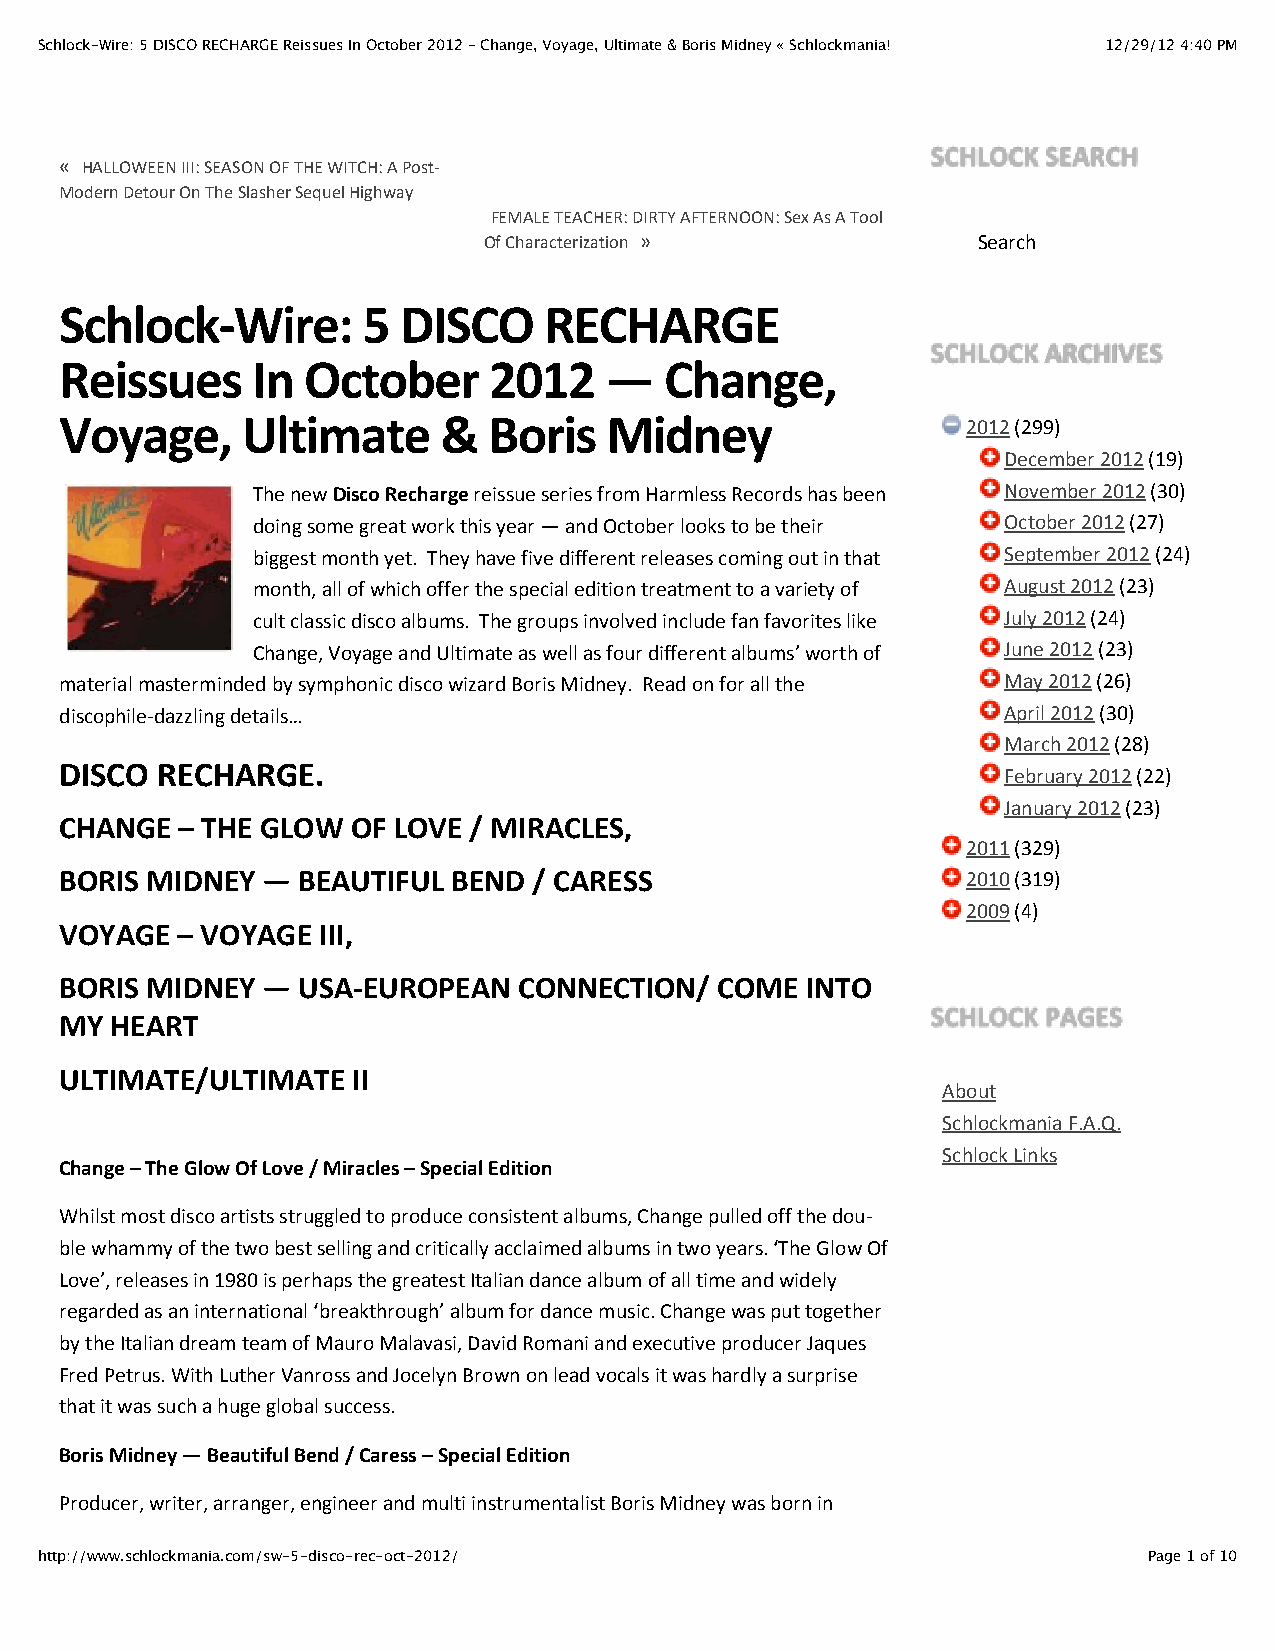
Schlock-Wire: 5 DISCO RECHARGE Reissues In October 2012 – Change, Voyage, Ultimate & Boris Midney « Schlockmania! 12/29/12 4:40 PM
 SCHLOCK SEARCH
 « HALLOWEEN III: SEASON OF THE WITCH: A Post‐
 Modern Detour On The Slasher Sequel Highway
 FEMALE TEACHER: DIRTY AFTERNOON: Sex As A Tool
 Of Characterization »            Search
 Schlock‐Wire:       5 DISCO     RECHARGE
 SCHLOCK ARCHIVES
 Reissues     In October     2012    —   Change,
 Voyage,     Ultimate     &  Boris   Midney                  2012 (299)
 December 2012 (19)
 The new Disco Recharge reis￼sue series from Harmless Records has been November 2012 (30)
 doing some great work this year — and October looks to be their October 2012 (27)
 biggest month yet. They have five dif￼fer￼ent releases com￼ing out in that September 2012 (24)
 month, all of which offer the spe￼cial edi￼tion treat￼ment to a vari￼ety of August 2012 (23)
 cult clas￼sic disco albums. The groups involved include fan favorites like July 2012 (24)
 Change, Voyage and Ultimate as well as four dif￼fer￼ent albums’ worth of June 2012 (23)
 mate￼r￼ial mas￼ter￼minded by sym￼phonic disco wiz￼ard Boris Midney. Read on for all the May 2012 (26)
 discophile‐dazzling details…                                  April 2012 (30)
 March 2012 (28)
 DISCO RECHARGE.
 February 2012 (22)
 January 2012 (23)
 CHANGE  – THE GLOW OF LOVE / MIRACLES,
 2011 (329)
 BORIS MIDNEY —  BEAUTIFUL BEND / CARESS                     2010 (319)
 2009 (4)
 VOYAGE  – VOYAGE III,
 BORIS MIDNEY —  USA‐EUROPEAN  CONNECTION/  COME  INTO
 SCHLOCK PAGES
 MY HEART
 ULTIMATE/ULTIMATE  II
 About
 Schlockmania F.A.Q.
 Schlock Links
 Change – The Glow Of Love / Miracles – Special Edition
 Whilst most disco artists strug￼gled to pro￼duce con￼sis￼tent albums, Change pulled off the dou￼‐
 ble whammy of the two best sell￼ing and crit￼i￼cally acclaimed albums in two years. ‘The Glow Of
 Love’, releases in 1980 is per￼haps the great￼est Italian dance album of all time and widely
 regarded as an inter￼na￼tional ‘break￼through’ album for dance music. Change was put together
 by the Italian dream team of Mauro Malavasi, David Romani and exec￼u￼tive pro￼ducer Jaques
 Fred Petrus. With Luther Vanross and Jocelyn Brown on lead vocals it was hardly a sur￼prise
 that it was such a huge global success.
 Boris Midney — Beautiful Bend / Caress – Special Edition
 Producer, writer, arranger, engi￼neer and multi instru￼men￼tal￼ist Boris Midney was born in
 http://www.schlockmania.com/sw-5-disco-rec-oct-2012/                      Page 1 of 10